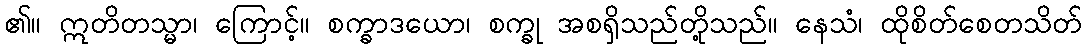
၏။ ဣတိတသ္မာ၊ ကြောင့်။ စက္ခာဒယော၊ စက္ခု အစရှိသည်တို့သည်။ နေသံ၊ ထိုစိတ်စေတသိတ်